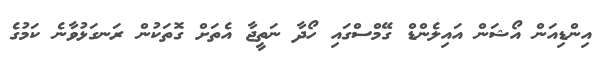
އިންޑިއަން އޯޝަން އައިލެންޑް ގޭމްސްގައި ހޯދާ ނަތީޖާ އެތަށް ގޮތަކުން ރަނގަޅުވާނެ ކަމުގެ